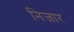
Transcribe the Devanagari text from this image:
निजार